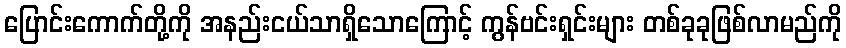
ပြောင်းကောက်တို့ကို အနည်းငယ်သာရှိသောကြောင့် ကွန်ဗင်းရှင်းများ တစ်ခုခုဖြစ်လာမည်ကို